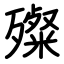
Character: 殩